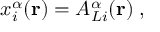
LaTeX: x _ { i } ^ { \alpha } ( { \bf { r } } ) = A _ { L i } ^ { \alpha } ( { \bf { r } } ) \; ,